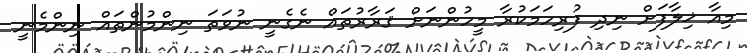
މިއާ ޚިލާފަށް ނިދި ފުރިހަމަކުރާ މީހުންނަށް ޤަރާރުތައް ނެގެނީ ނުވަތަ ނިންމުންތައް ނިންމެނީ